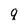
Character: q